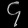
Digit: ၄